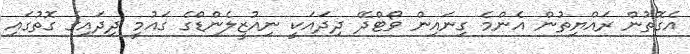
އެގޮތުން ރައްޔިތުން އެންމެ ގިނައިން ވޯޓްދޭ ދިދައަކީ ނިއުޒީލެންޑްގެ ގައުމީ ދިދައިގެ ގޮތުގައި